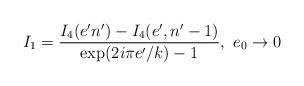
LaTeX: \begin{align*}I_{1}=\frac{I_{4}(e'n')-I_{4}(e',n'-1)}{\mbox{exp}(2i\pi e'/k)-1},\ e_{0}\rightarrow0\end{align*}